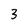
Character: 3